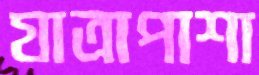
যাত্রাপাশা